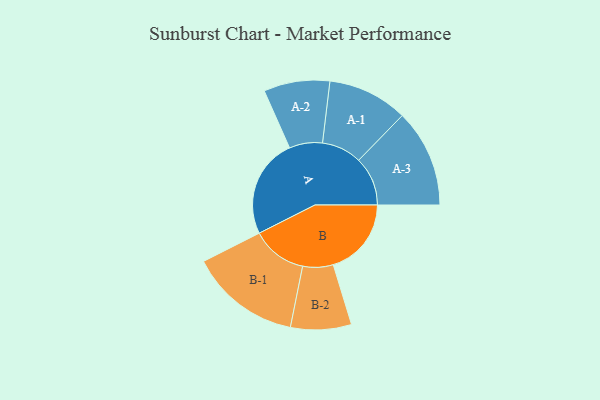
{"axis": {"x": "Segment", "y": "Value"}, "legend": ["", "A", "B"], "data": [{"x": "A", "y": 412, "type": ""}, {"x": "B", "y": 324, "type": ""}, {"x": "A-1", "y": 166, "type": "A"}, {"x": "A-2", "y": 137, "type": "A"}, {"x": "A-3", "y": 203, "type": "A"}, {"x": "B-1", "y": 230, "type": "B"}, {"x": "B-2", "y": 126, "type": "B"}]}